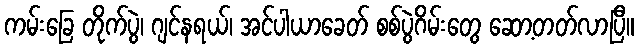
ကမ်းခြေ တိုက်ပွဲ၊ ဂျင်နရယ်၊ အင်ပါယာခေတ် စစ်ပွဲဂိမ်းတွေ ဆော့တတ်လာပြီ။